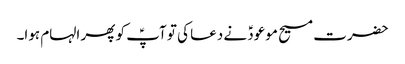
حضرت مسیح موعودؑ نے دعا کی تو آپؑ کو پھر الہام ہوا۔